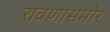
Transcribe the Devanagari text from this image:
रावणासमोर